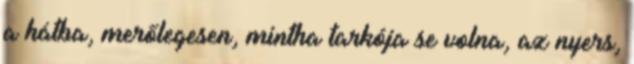
a hátba, merőlegesen, mintha tarkója se volna, az nyers,